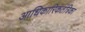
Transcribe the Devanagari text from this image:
आधिकारिकतंत्रिका